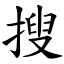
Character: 搜